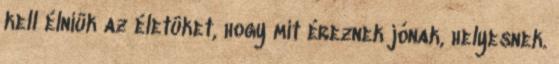
kell élniük az életüket, hogy mit éreznek jónak, helyesnek.